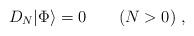
LaTeX: \begin{align*}D_N|{\rm \Phi}\rangle = 0 \qquad (N>0)\; ,\end{align*}